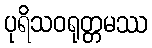
ပုရိသဝရုတ္တမဿ